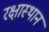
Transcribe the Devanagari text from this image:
रक्षास्थान